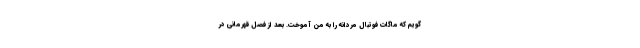
گویم که ماگات فوتبال مردانه را به من آموخت. بعد از فصل قهرمانی در